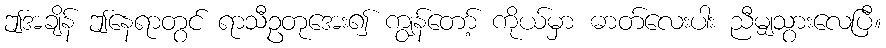
ဤအချိန် ဤနေရာတွင် ရာသီဥတုအေး၍ ကျွန်တော့် ကိုယ်မှာ ဓာတ်လေးပါး ညီမျှသွားလေပြီ။